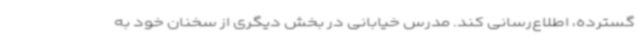
گسترده، اطلاع‌رسانی کند. مدرس خیابانی در بخش دیگری از سخنان خود به